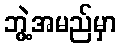
ဘွဲ့အမည်မှာ